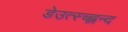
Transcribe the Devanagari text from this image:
डेउत्स्च्ह्लन्द